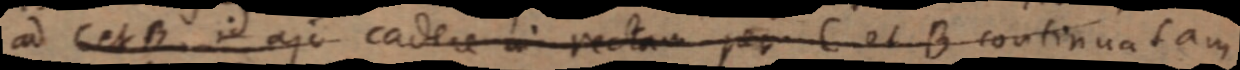
ad C et B id ajo cadere in rectam per C et B continuatam